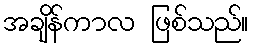
အချိန်ကာလ ဖြစ်သည်။